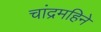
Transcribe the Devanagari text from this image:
चांद्रमहिने